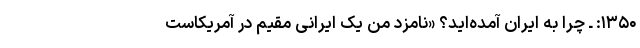
۱۳۵۰: ـ چرا به ایران آمده‌اید؟ «نامزد من یک ایرانی مقیم در آمریکاست